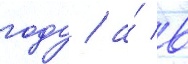
году / а́ в